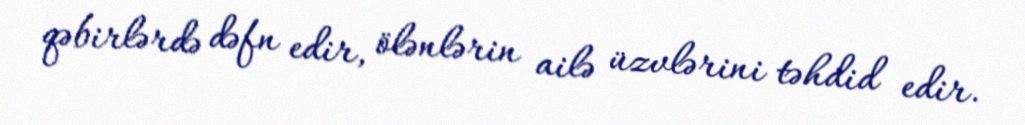
qəbirlərdə dəfn edir, ölənlərin ailə üzvlərini təhdid edir.